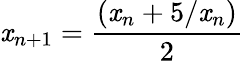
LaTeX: \mathit{x}_{n+1}={\frac{{(\mathit{x}_{n}+5/\mathit{x}_{n})}}{{2}}}